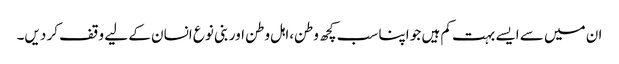
ان میں سے ایسے بہت کم ہیں جو اپنا سب کچھ وطن،اہل وطن اور بنی نوع انسان کے لیے وقف کر دیں۔